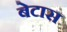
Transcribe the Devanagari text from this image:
बेटास